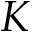
{ \cal K }